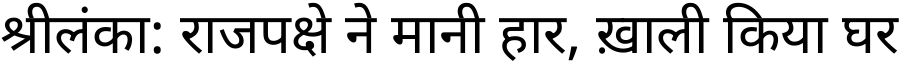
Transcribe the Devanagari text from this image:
श्रीलंका: राजपक्षे ने मानी हार, ख़ाली किया घर